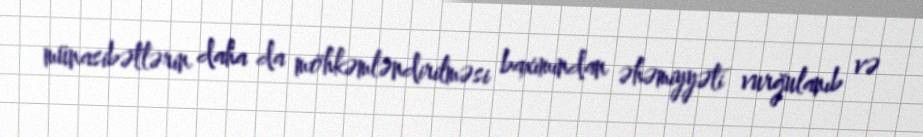
münasibətlərin daha da möhkəmləndirilməsi baxımından əhəmiyyəti vurğulanıb və